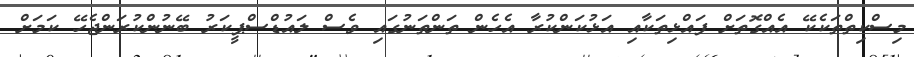
މިސްކިތްތަކެކޭ އެއްގޮތަށް ފައްޅިތަކާއި އަޅުކަންކުރާ އެހެން ތަންތަނުގައި ވެސް ލައުޑްސްޕީކަރު ބޭނުންކުރަންޖެހޭ ކަމަށް